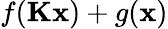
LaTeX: f(\textbf{Kx})+g(\textbf{x})